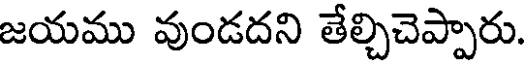
జయము వుండదని తేల్చిచెప్పారు.